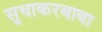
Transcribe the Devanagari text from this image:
सुधाकरबाबा